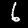
Label: 6